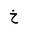
Letter: _kha